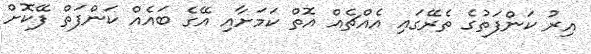
އިރު ކަންފަތުގެ ތެރޭގައި އެއްޗެއް އޮތް ކަމަށާއި އޭގެ ބައެއް ކަންފަތް ފޭކޮށް